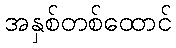
အနှစ်တစ်ထောင်